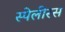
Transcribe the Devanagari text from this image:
स्पेलीरस